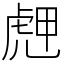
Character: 䖖